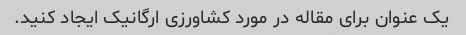
یک عنوان برای مقاله در مورد کشاورزی ارگانیک ایجاد کنید.